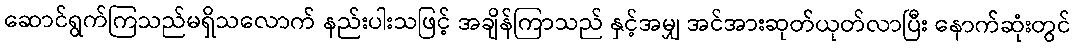
ဆောင်ရွက်ကြသည်မရှိသလောက် နည်းပါးသဖြင့် အချိန်ကြာသည် နှင့်အမျှ အင်အားဆုတ်ယုတ်လာပြီး နောက်ဆုံးတွင်